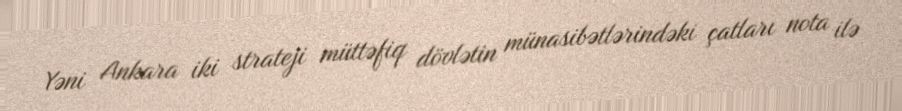
Yəni Ankara iki strateji müttəfiq dövlətin münasibətlərindəki çatları nota ilə